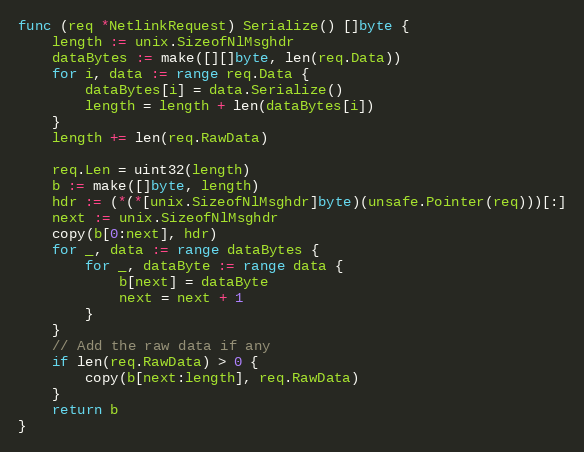
Language: Go
func (req *NetlinkRequest) Serialize() []byte {
	length := unix.SizeofNlMsghdr
	dataBytes := make([][]byte, len(req.Data))
	for i, data := range req.Data {
		dataBytes[i] = data.Serialize()
		length = length + len(dataBytes[i])
	}
	length += len(req.RawData)

	req.Len = uint32(length)
	b := make([]byte, length)
	hdr := (*(*[unix.SizeofNlMsghdr]byte)(unsafe.Pointer(req)))[:]
	next := unix.SizeofNlMsghdr
	copy(b[0:next], hdr)
	for _, data := range dataBytes {
		for _, dataByte := range data {
			b[next] = dataByte
			next = next + 1
		}
	}
	// Add the raw data if any
	if len(req.RawData) > 0 {
		copy(b[next:length], req.RawData)
	}
	return b
}